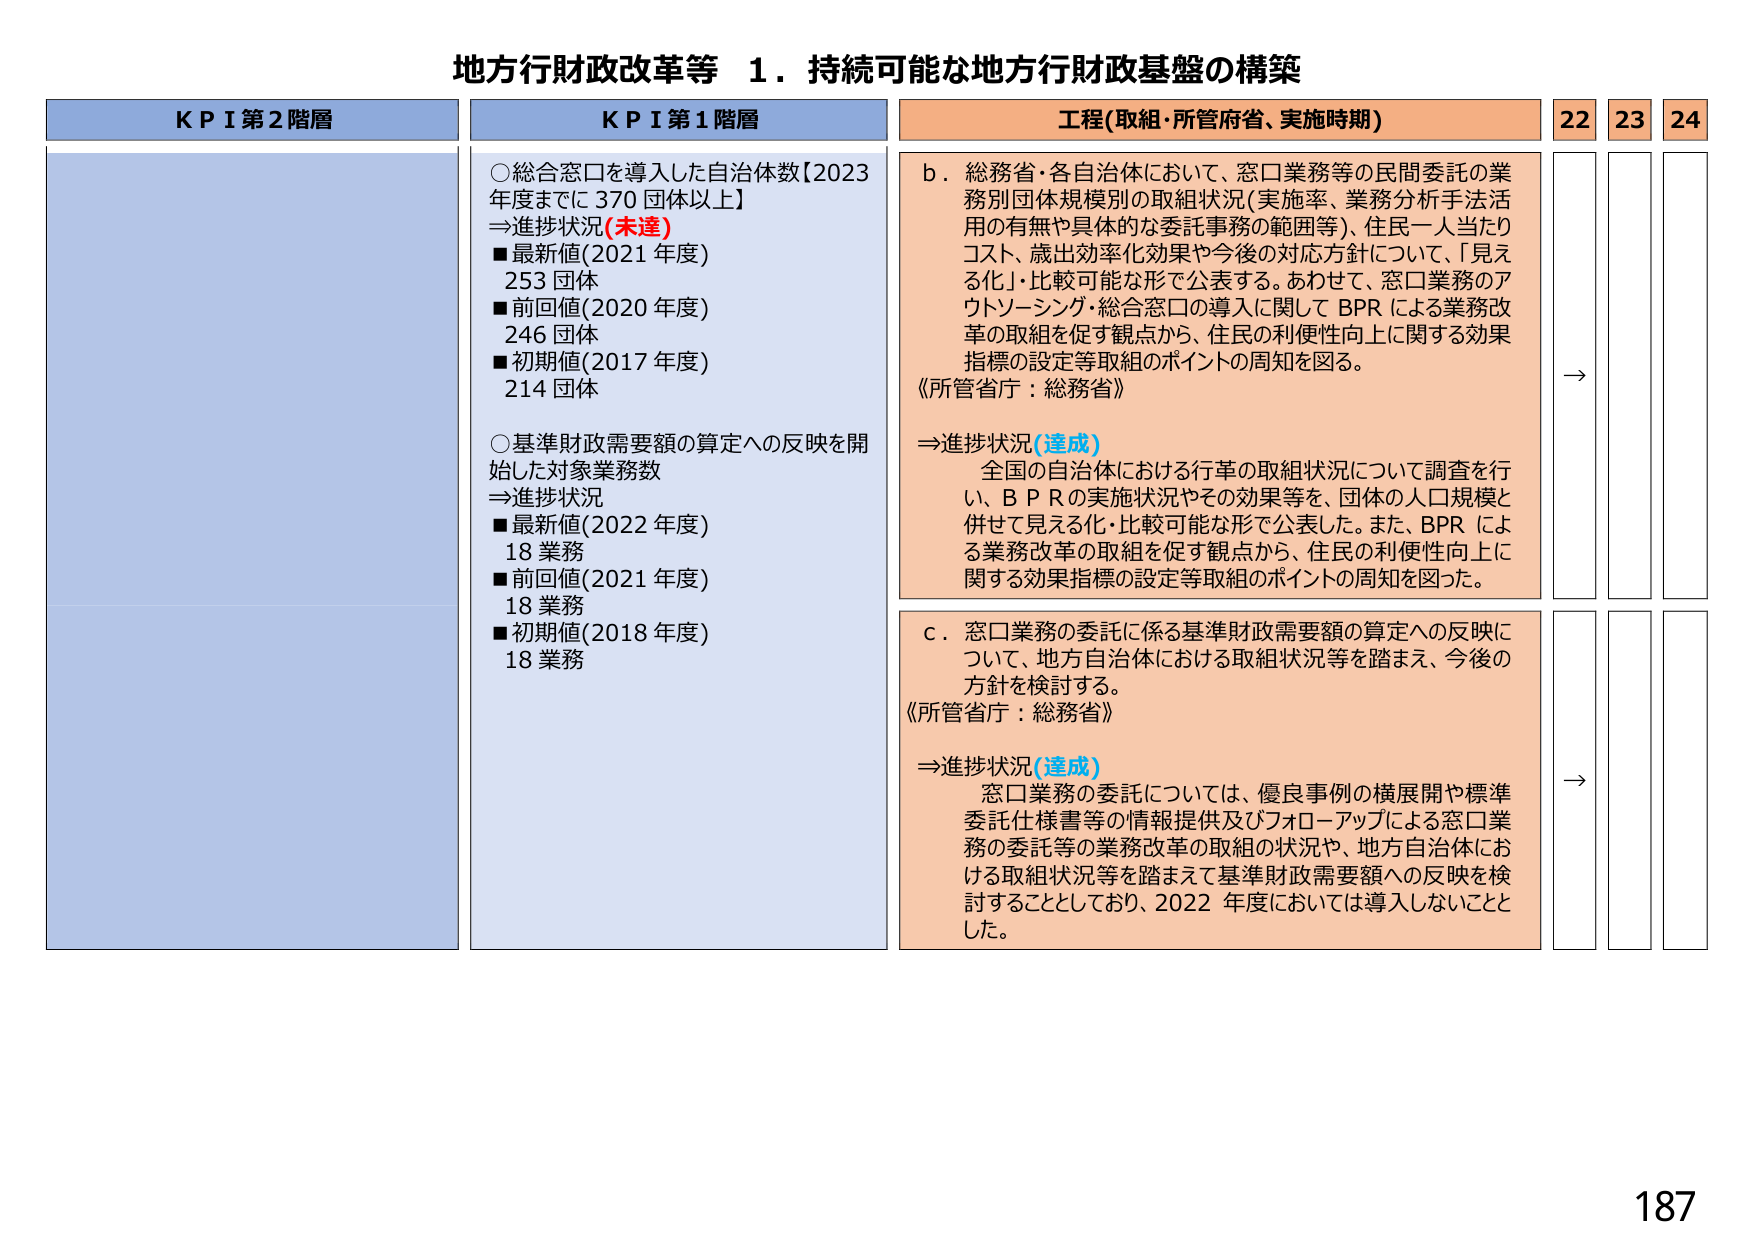
地方行財政改革等 １．持続可能な地方行財政基盤の構築

KPI第2階層

KPI第1階層
○総合窓口を導入した自治体数【2023年度までに370団体以上】
⇒進捗状況(未達)
■最新値(2021年度) 253団体
■前回値(2020年度) 246団体
■初期値(2017年度) 214団体

○基準財政需要額の算定への反映を開始した対象業務数
⇒進捗状況
■最新値(2022年度) 18業務
■前回値(2021年度) 18業務
■初期値(2018年度) 18業務

工程(取組・所管府省、実施時期)
b．総務省・各自治体において、窓口業務等の民間委託の業務別団体規模別の取組状況(実施率、業務分析手法活用の有無や具体的な委託事務の範囲等)、住民一人当たりコスト・歳出効率化効果や今後の対応方針について、「見える化」・比較可能な形で公表する。あわせて、窓口業務のアウトソーシング・総合窓口の導入に関してBPRによる業務改革の取組を促す観点から、住民の利便性向上に関する効果指標の設定等取組のポイントの周知を図る。
《所管省庁：総務省》
⇒進捗状況(達成)
全国の自治体における行革の取組状況について調査を行い、BPRの実施状況やその効果等を、団体の人口規模と併せて見える化・比較可能な形で公表した。また、BPRによる業務改革の取組を促す観点から、住民の利便性向上に関する効果指標の設定等取組のポイントの周知を図った。

c．窓口業務の委託に係る基準財政需要額の算定への反映について、地方自治体における取組状況等を踏まえ、今後の方針を検討する。
《所管省庁：総務省》
⇒進捗状況(達成)
窓口業務の委託については、優良事例の横展開や標準委託仕様書等の情報提供及びフォローアップによる窓口業務の委託等の業務改革の取組の状況や、地方自治体における取組状況等を踏まえて基準財政需要額への反映を検討することとしており、2022年度においては導入しないこととした。

22 23 24
→
→

187